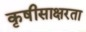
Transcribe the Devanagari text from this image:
कृषीसाक्षरता